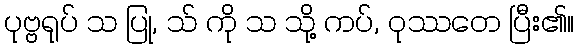
ပုဗ္ဗရုပ် သ ပြု, သ် ကို သ သို့ ကပ်, ဝုဿတေ ပြီး၏။